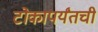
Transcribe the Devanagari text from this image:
टोकापर्यंतची